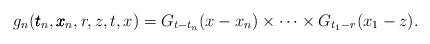
LaTeX: \begin{align*}g_n(\pmb{t}_n,\pmb{x}_n,r,z,t,x)= G_{t-t_{n}}(x-x_{n}) \times \dots \times G_{t_1-r}(x_1-z).\end{align*}